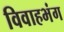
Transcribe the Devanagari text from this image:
विवाहभंग